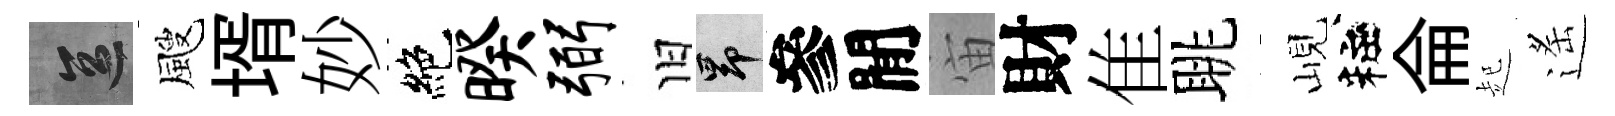
區颼壻妙絶暌弼旧昂參閒宙財隹眺峴粧侖起遙